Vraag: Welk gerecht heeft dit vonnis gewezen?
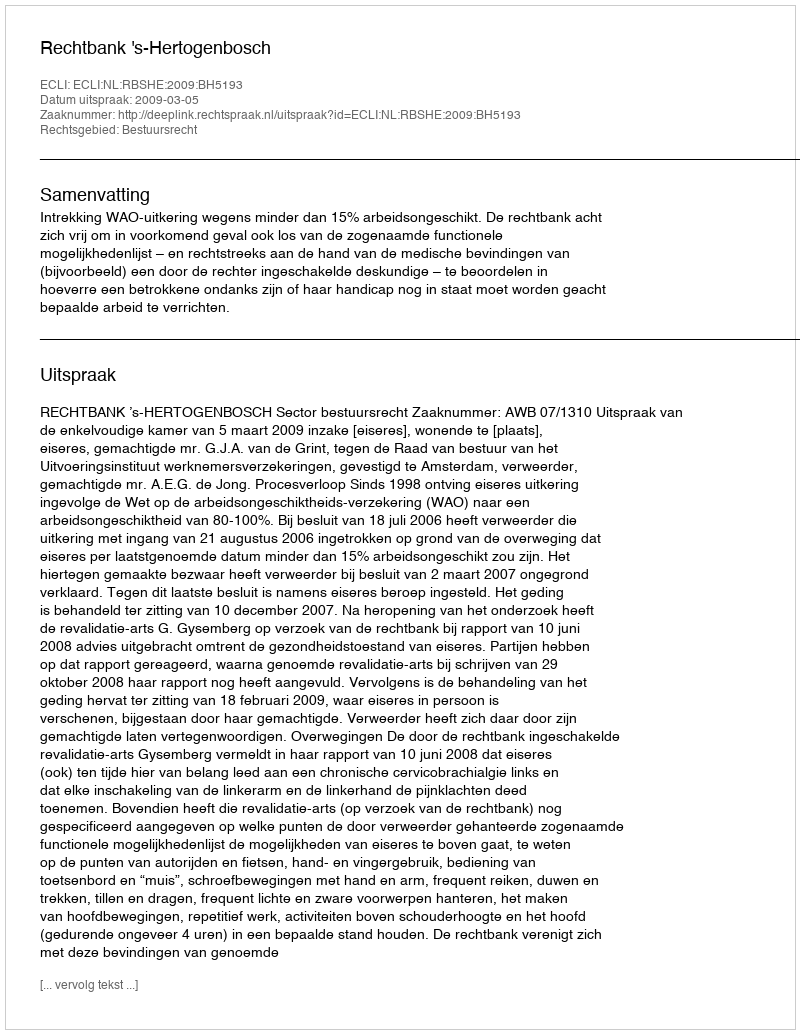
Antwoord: Rechtbank 's-Hertogenbosch